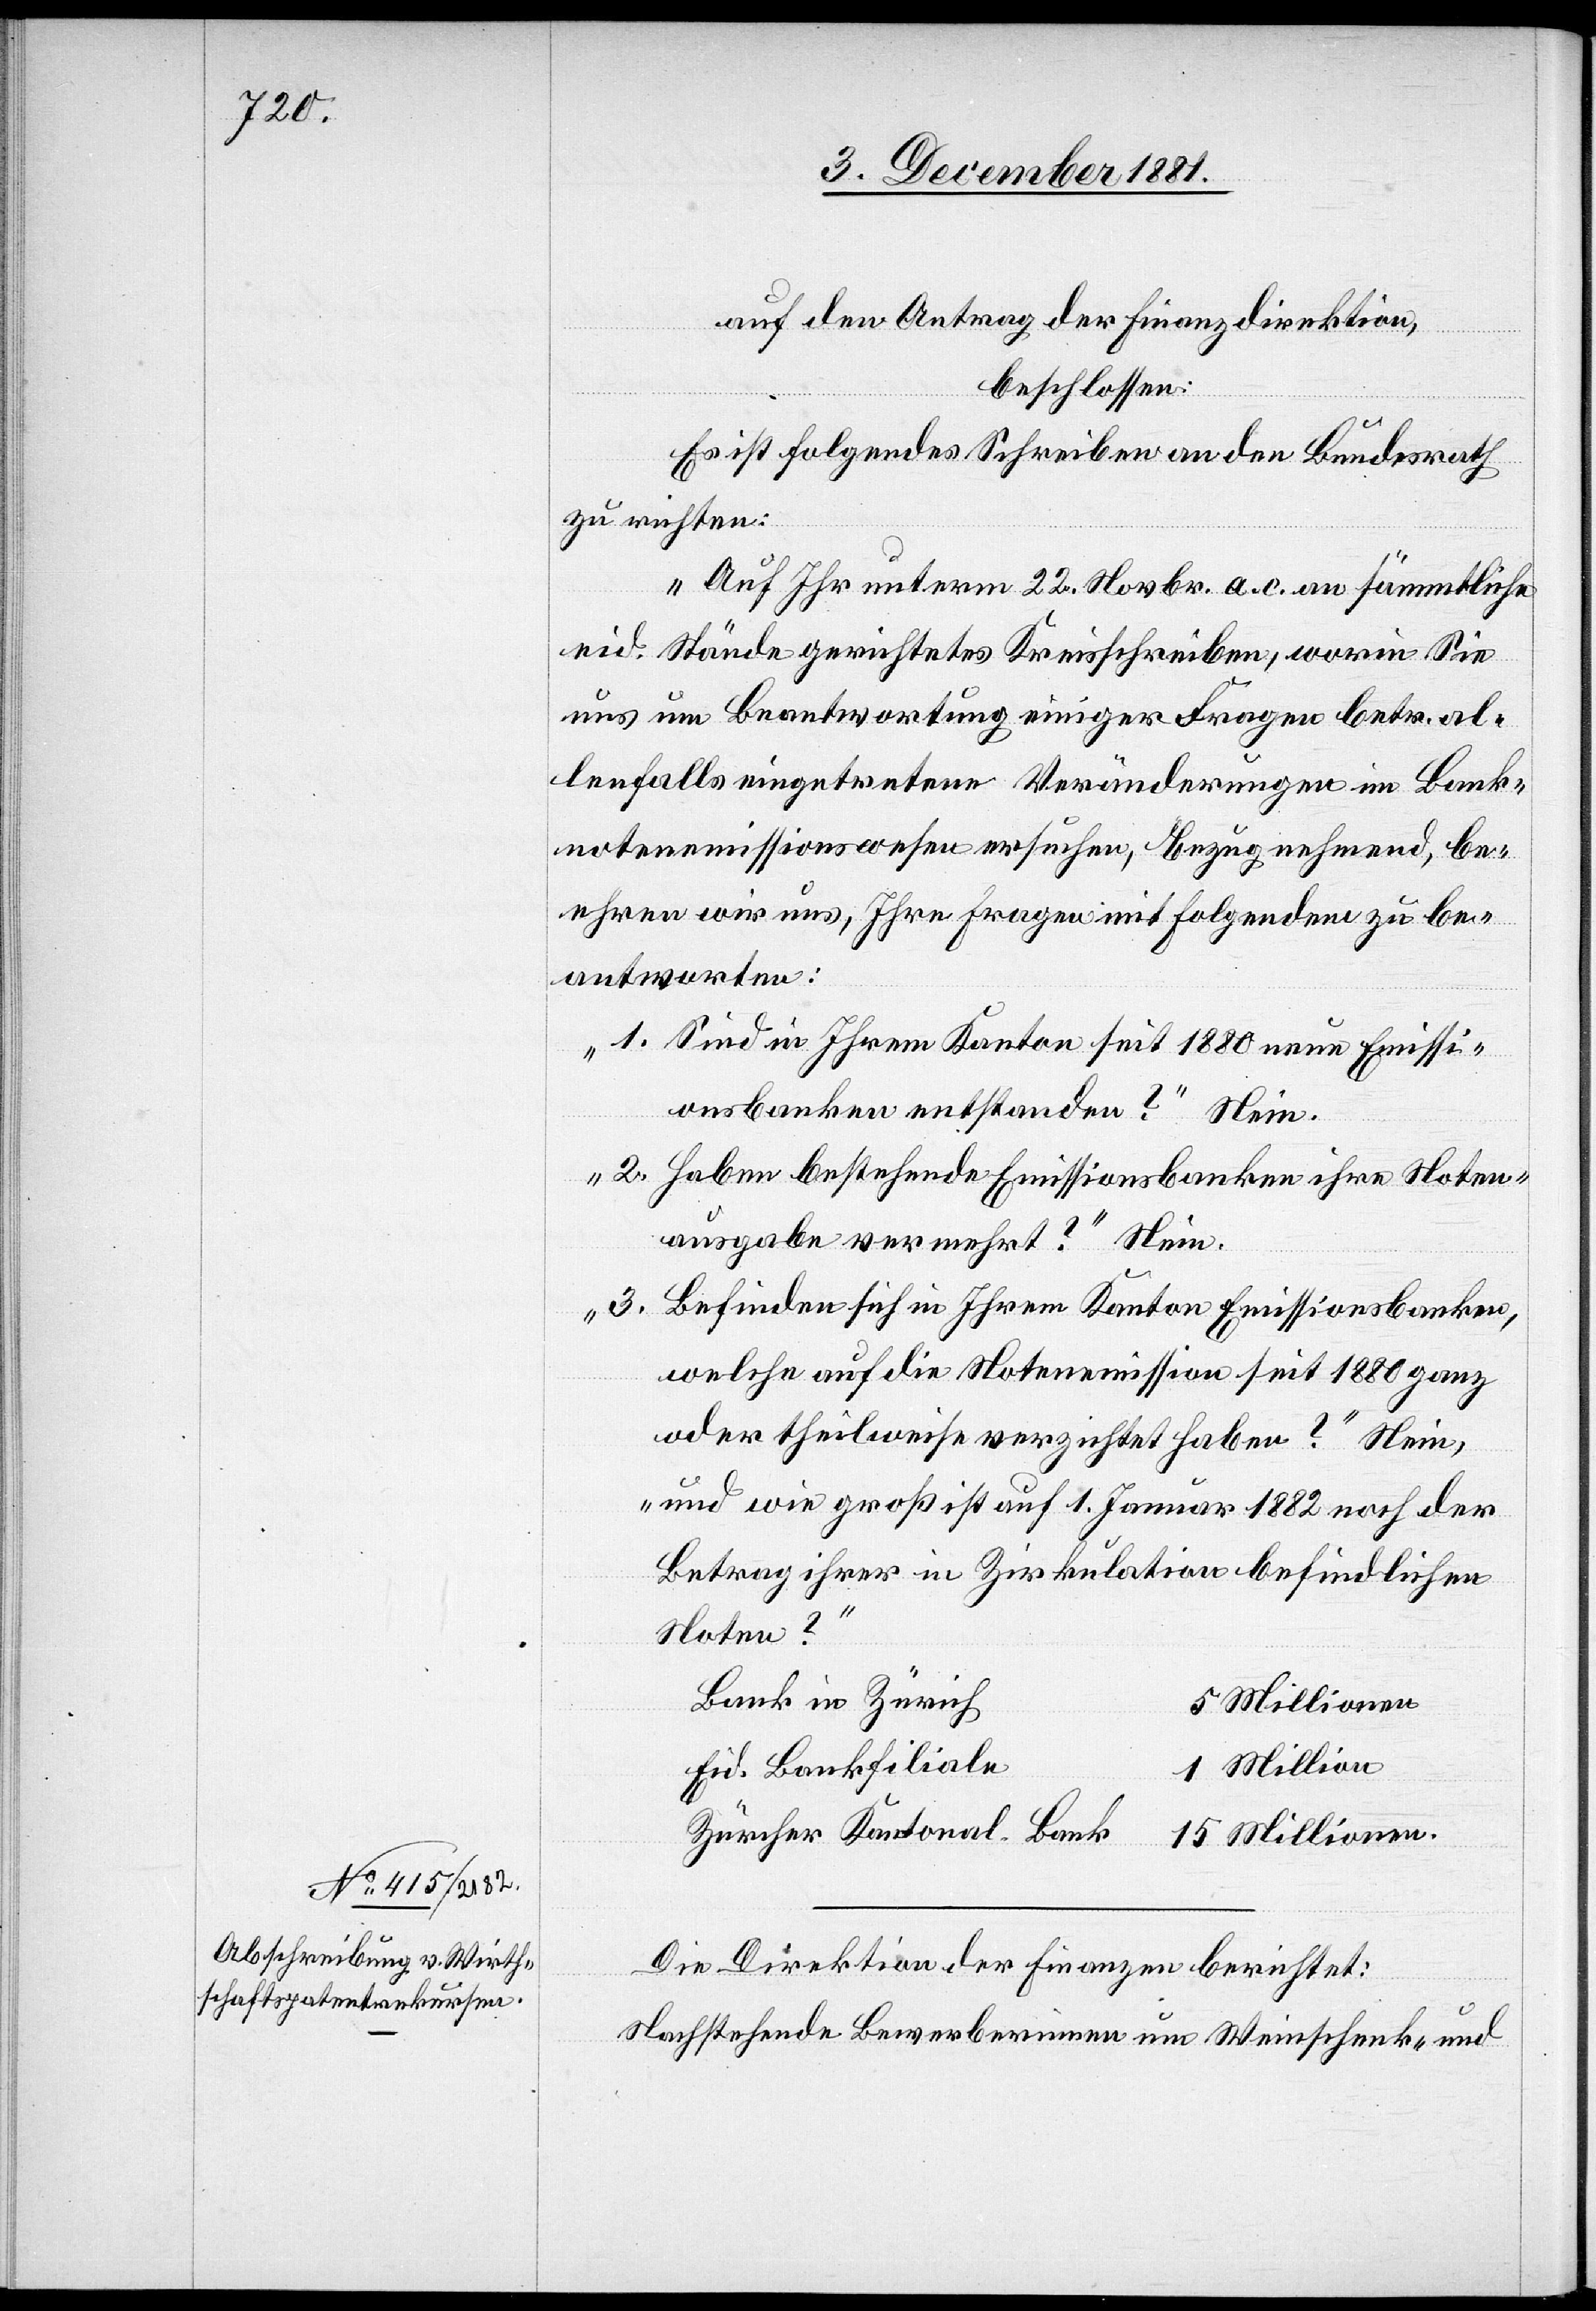
auf den Antrag der Finanzdirektion,
beschlossen:
Es ist folgendes Schreiben an den Bundesrath
zu richten:
„Auf Ihr unterm 22. Novbr. a. c. an sämmtliche
eid. Stände gerichtetes Kreisschreiben, worin Sie
uns um Beantwortung einiger Fragen betr. al¬
lenfalls eingetretene Veränderungen im Bank¬
notenemissionswesen ersuchen, bezugnehmend, be¬
ehren wir uns, Ihre Fragen mit Folgendem zu be¬
antworten:
„1. Sind in Ihrem Kanton seit 1880 neue Emissi¬
onsbanken entstanden?“ Nein.
„2. Haben bestehende Emissionsbanken ihre Noten¬
ausgabe vermehrt?“ Nein.
„3. Befinden sich in Ihrem Kanton Emissionsbanken,
welche auf die Notenemission seit 1880 ganz
oder theilweise verzichtet haben?“ Nein,
„und wie groß ist auf 1. Januar 1882 noch der
Betrag ihrer in Zirkulation befindlichen
Noten?“
Bank Zürich
5 Millionen
Eid. Bankfiliale
1 Million
Züricher Kantonal-Bank
15 Millionen.“
Die Direktion der Finanzen berichtet:
Nachstehende Bewerberinnen um Weinschenk- und